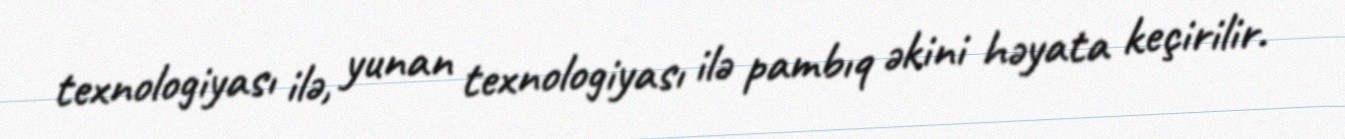
texnologiyası ilə, yunan texnologiyası ilə pambıq əkini həyata keçirilir.